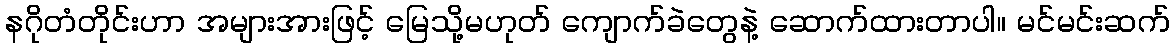
နဂိုတံတိုင်းဟာ အများအားဖြင့် မြေသို့မဟုတ် ကျောက်ခဲတွေနဲ့ ဆောက်ထားတာပါ။ မင်မင်းဆက်